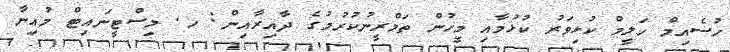
ހުސެއިމް ހަލީމް ކުޅިވަރު ކުޅުމާއި މީހުން ތަމްރީނުކުރުމުގެ ދާއިރާއިން: ހ. މިސްޓީނައިޓް މުއިނާ